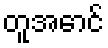
တူအောင်